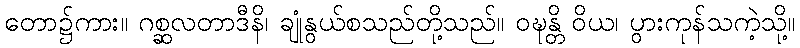
တော၌ကား။ ဂစ္ဆလတာဒီနိ၊ ချုံနွယ်စသည်တို့သည်။ ဝဍ္ဎန္တိ ဝိယ၊ ပွားကုန်သကဲ့သို့။